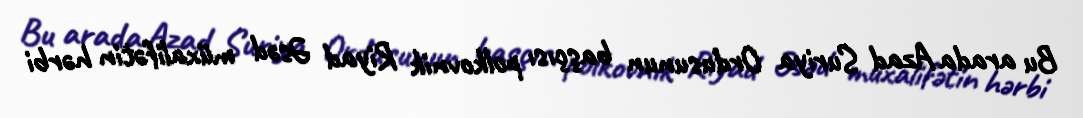
Bu arada Azad Suriya Ordusunun başçısı polkovnik Riyad Əsəd müxalifətin hərbi